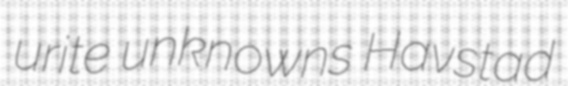
urite unknowns Havstad